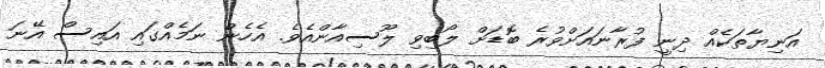
އަނިޔާތަކެއް ދިނީ ފުރާނައަށްވުރެ ބޮޑަށް ލޯބިވި ލޫސިއާންއެވެ. އެހެން ނަމެއްގައި އައިސް އޭނަ